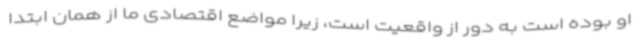
او بوده است به دور از واقعیت است، زیرا مواضع اقتصادی ما از همان ابتدا